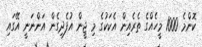
ކޮންމެ 1000 މީހެއްގެ ތެރެއިން އެކަކުގެ މި ޖީން އުފެދިގެން އަންނަނީ އޭގައި